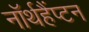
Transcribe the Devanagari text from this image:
नॉर्थहैंप्टन